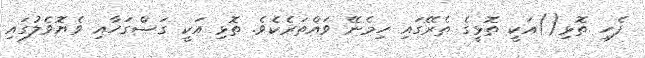
ފެހި ތޮޅި()އަކީ ތޮޅީގެ ތެރޭގައި ހިމެނޭ ވައްތަރެކެވެ. ތޮޅި އަކީ ގަސްގަހާއި ވެޔޮވެލުގައި